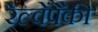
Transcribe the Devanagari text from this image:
रेल्वेंपैकी